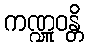
ကဏ္ဍူဝန္တိ